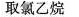
取氯乙烷